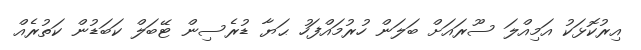
އިރުކޮޅަކު އަމިއްލަ ސޫރައަށް ބަލަަން ހުރުމައްފަހު ޙަޔާ ޑުރެސިން ޓޭބަލް ކަބަޑުން ކަތުރެއް